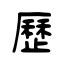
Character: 歷